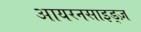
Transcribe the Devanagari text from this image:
आयरनसाइड्ज़